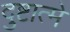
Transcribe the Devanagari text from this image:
दुष्टात्मे